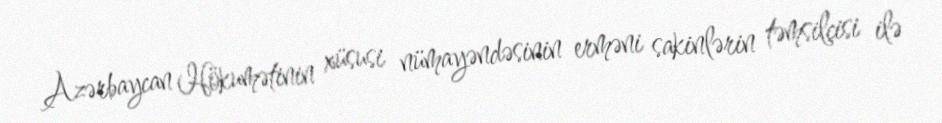
Azərbaycan Hökumətinin xüsusi nümayəndəsinin erməni sakinlərin təmsilçisi ilə